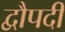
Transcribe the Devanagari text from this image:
द्वौपदी